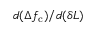
d ( \Delta f _ { \mathrm { c } } ) / d ( \delta L )